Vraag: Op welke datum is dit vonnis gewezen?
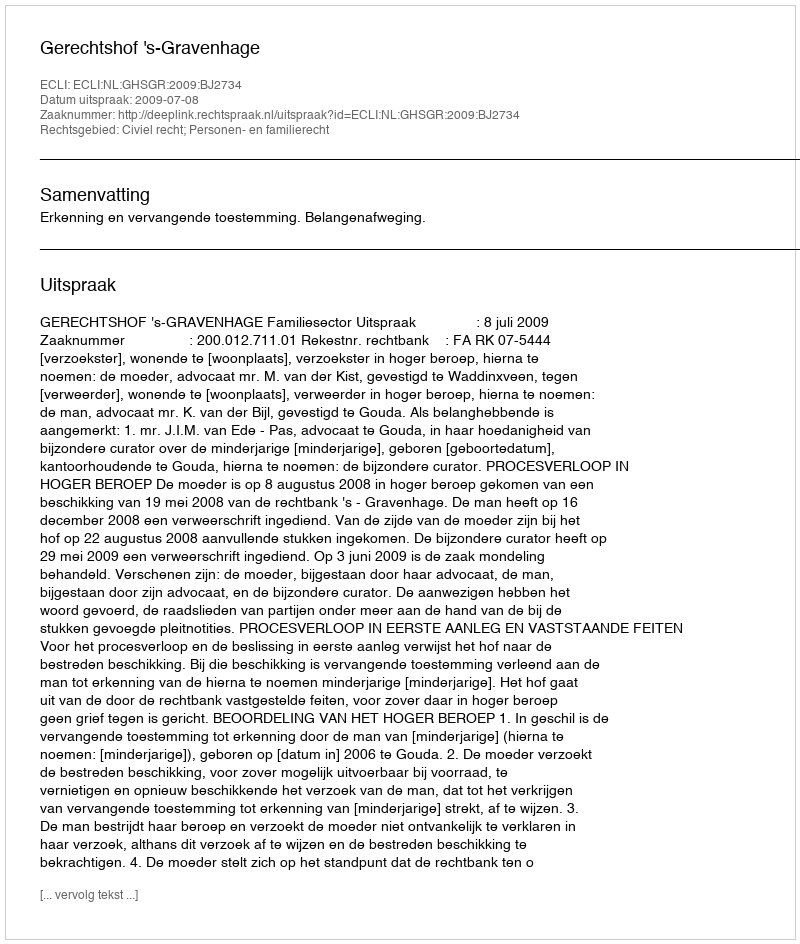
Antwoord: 2009-07-08